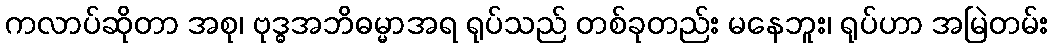
ကလာပ်ဆိုတာ အစု၊ ဗုဒ္ဓအဘိဓမ္မာအရ ရုပ်သည် တစ်ခုတည်း မနေဘူး၊ ရုပ်ဟာ အမြဲတမ်း